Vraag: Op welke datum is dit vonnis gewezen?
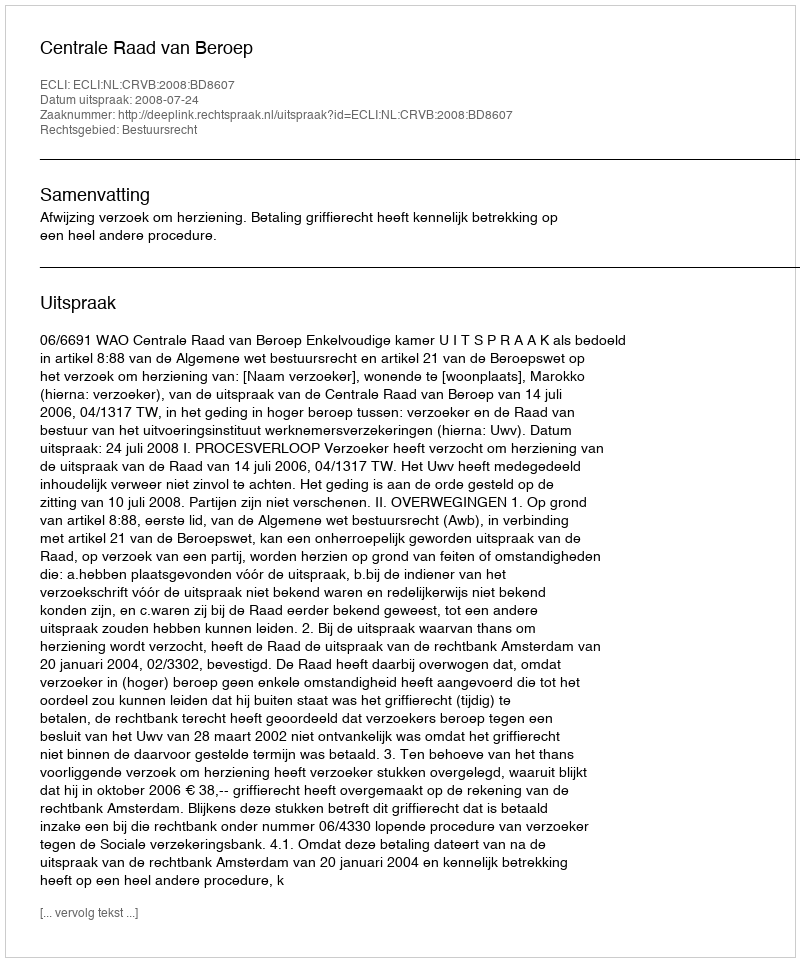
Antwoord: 2008-07-24